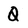
Character: Q